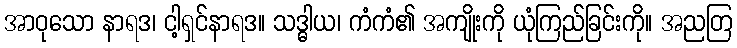
အာဝုသော နာရဒ၊ ငါ့ရှင်နာရဒ။ သဒ္ဓါယ၊ ကံကံ၏ အကျိုးကို ယုံကြည်ခြင်းကို။ အညတြ